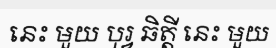
នេះ មួយ បុរ្វ ឆិត្តី នេះ មួយ